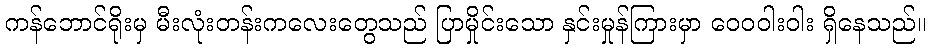
ကန်ဘောင်ရိုးမှ မီးလုံးတန်းကလေးတွေသည် ပြာမှိုင်းသော နှင်းမှုန်ကြားမှာ ဝေဝဝါးဝါး ရှိနေသည်။